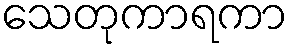
သေတုကာရကာ